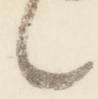
言